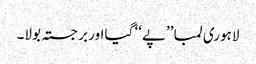
لاہوری لمبا ’’پے‘‘ گیا اور برجستہ بولا۔